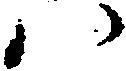
ハ